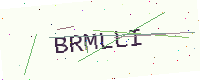
Text: BRMLLI